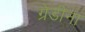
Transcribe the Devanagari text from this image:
ग्रेडीना